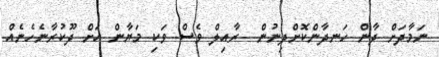
ނަމާދަށް ދާން ހަނދާންކޮށްދިނުން  ރާއިލް ވެސް ވަކި މަޔާން އަށް ދޫކުރާނެހެނެއް